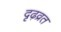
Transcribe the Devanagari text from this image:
दृढ़व्रत